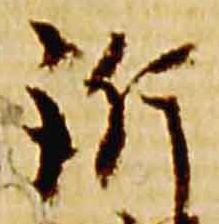
訴